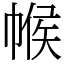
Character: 帿